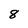
Character: 8